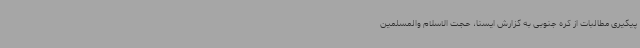
پیگیری مطالبات از کره جنوبی به گزارش ایسنا، حجت الاسلام والمسلمین